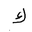
Letter: _kaf